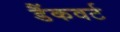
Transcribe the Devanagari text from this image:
डैंकवर्ट